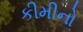
કીમીનો